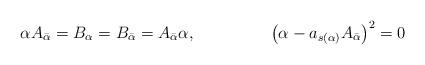
LaTeX: \begin{align*} \alpha A_{\bar{\alpha}} &= B_{\alpha} = B_{\bar{\alpha}} = A_{\bar{\alpha}} \alpha,& \big(\alpha - a_{s(\alpha)} A_{\bar{\alpha}}\big)^2 &= 0 \end{align*}